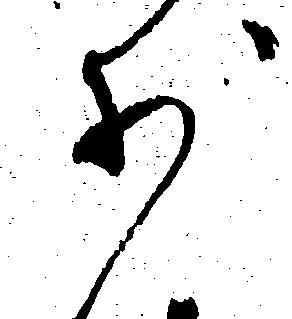
少